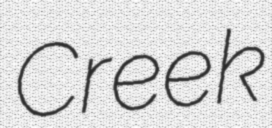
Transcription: Creek